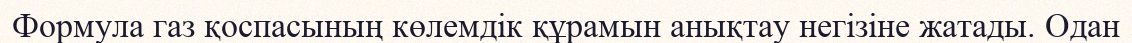
Формула газ қоспасының көлемдік құрамын анықтау негізіне жатады. Одан